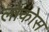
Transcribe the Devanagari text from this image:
लोकोस